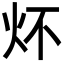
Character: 炋